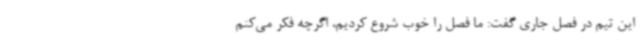
این تیم در فصل جاری گفت: ما فصل را خوب شروع کردیم، اگرچه فکر می‌کنم